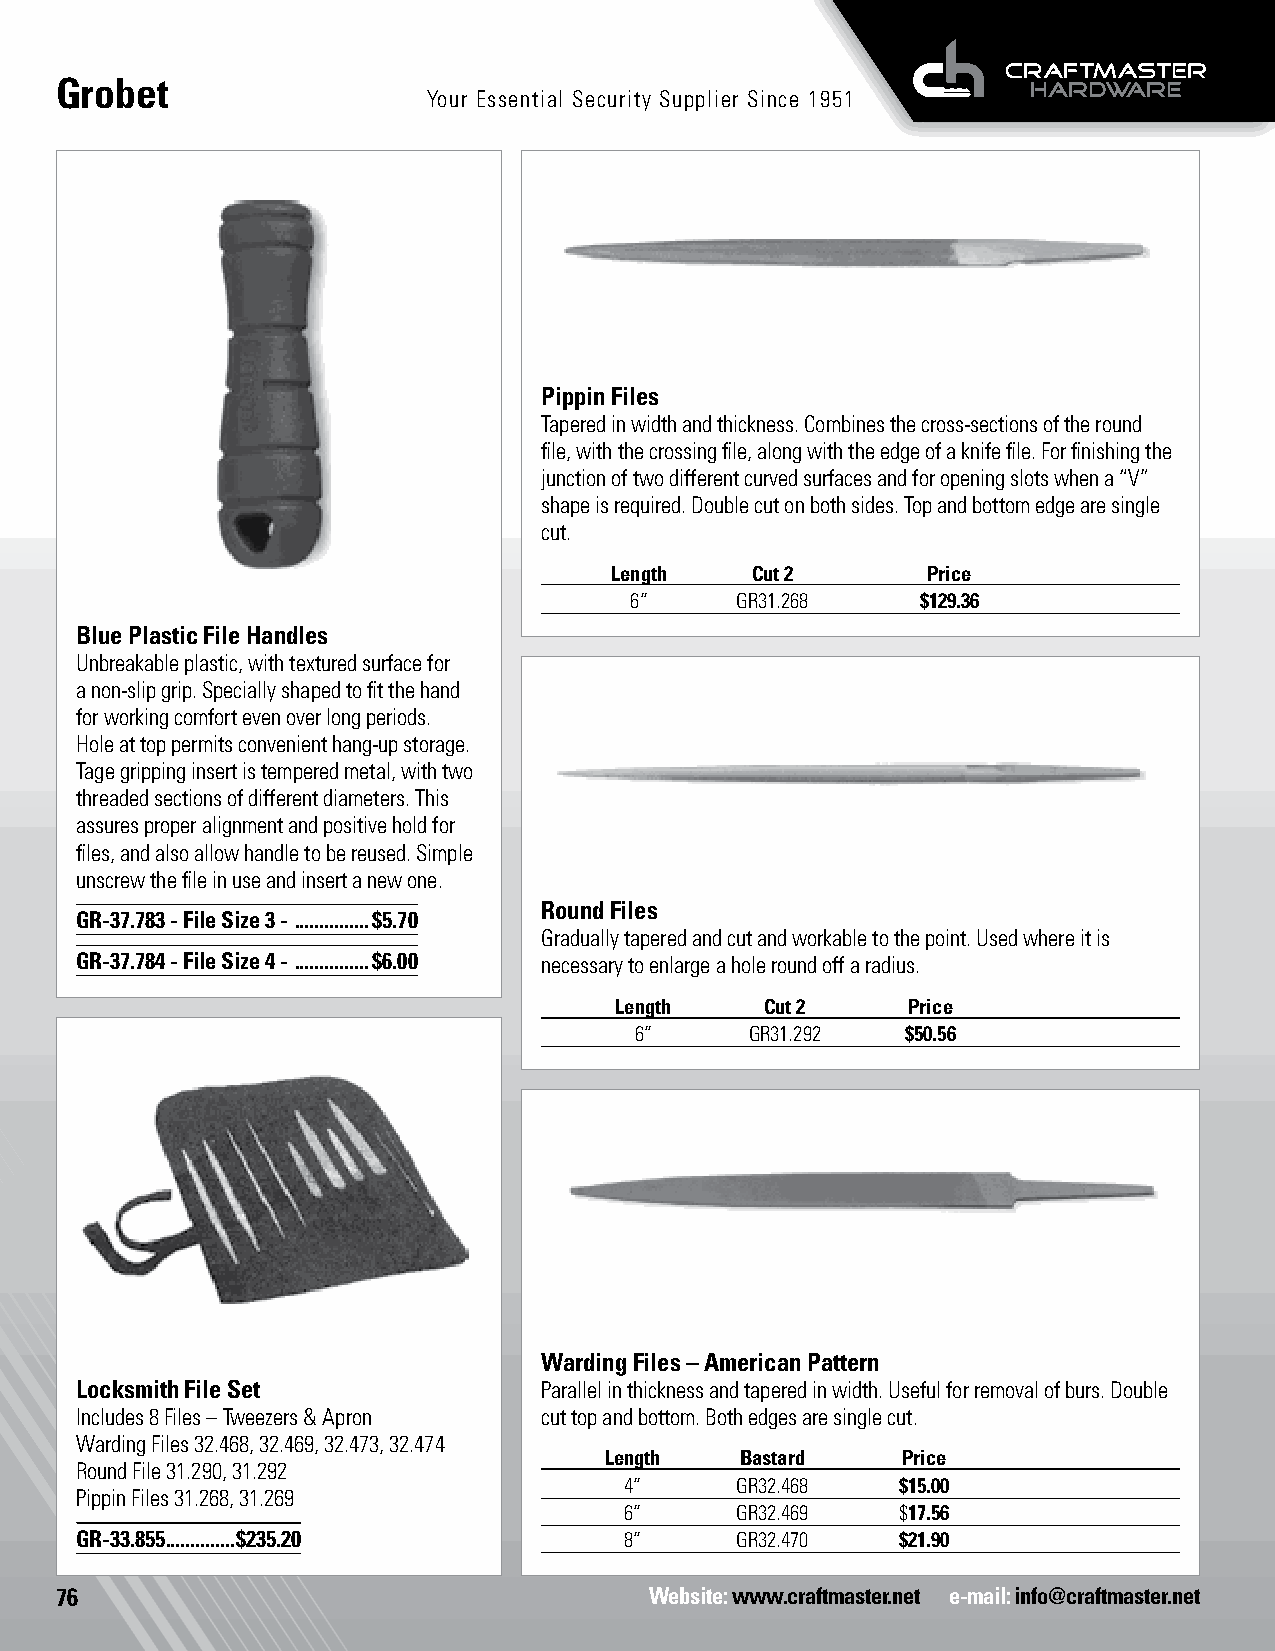
Grobet
 Your Essential Security Supplier Since 1951
 Pippin Files
 Tapered in width and thickness. Combines the cross-sections of the round
 file, with the crossing file, along with the edge of a knife file. For finishing the
 junction of two different curved surfaces and for opening slots when a “V”
 shape is required. Double cut on both sides. Top and bottom edge are single
 cut.
 Length    Cut 2      Price
 6”     GR31.268    $129.36
 Blue Plastic File Handles
 Unbreakable plastic, with textured surface for
 a non-slip grip. Specially shaped to fit the hand
 for working comfort even over long periods.
 Hole at top permits convenient hang-up storage.
 Tage gripping insert is tempered metal, with two
 threaded sections of different diameters. This
 assures proper alignment and positive hold for
 files, and also allow handle to be reused. Simple
 unscrew the file in use and insert a new one.
 Round Files
 GR-37.783 - File Size 3 - ...............$5.70
 Gradually tapered and cut and workable to the point. Used where it is
 GR-37.784 - File Size 4 - ...............$6.00 necessary to enlarge a hole round off a radius.
 Length    Cut 2    Price
 6”      GR31.292  $50.56
 Warding Files – American Pattern
 Locksmith File Set             Parallel in thickness and tapered in width. Useful for removal of burs. Double
 Includes 8 Files – Tweezers & Apron cut top and bottom. Both edges are single cut.
 Warding Files 32.468, 32.469, 32.473, 32.474
 Length   Bastard    Price
 Round File 31.290, 31.292
 4”      GR32.468   $15.00
 Pippin Files 31.268, 31.269
 6”      GR32.469   $17.56
 GR-33.855 ..............$235.20     8”      GR32.470   $21.90
 76                                     Website: www.craftmaster.net e-mail: info@craftmaster.net